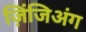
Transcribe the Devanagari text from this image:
ज़िंजिअंग